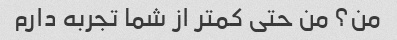
من؟ من حتی کمتر از شما تجربه دارم